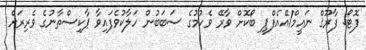
ފޮޓޯ: ފާރޫޤް ނަޢީމް/އޭއެފްޕީ ބޯކޮށް ވާރޭ ވެހުމުގެ ސަބަބުން ހަލާކުވެފައިވާ ޕާކިސްތާނުގެ ވެރިރަށް